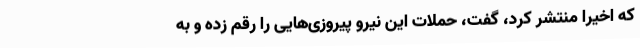
که اخیرا منتشر کرد، گفت، حملات این نیرو پیروزی‌هایی را رقم زده و به